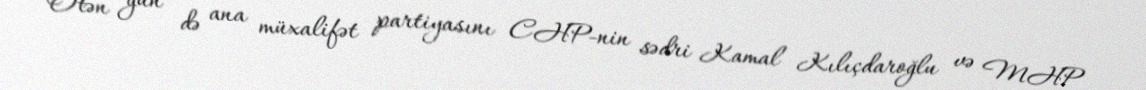
Ötən gün də ana müxalifət partiyasını CHP-nin sədri Kamal Kılıçdaroğlu və MHP